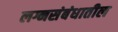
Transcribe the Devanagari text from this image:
लग्नसंबंधातील